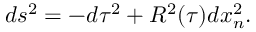
d s ^ { 2 } = - d \tau ^ { 2 } + R ^ { 2 } ( \tau ) d x _ { n } ^ { 2 } .